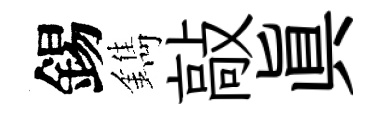
錫鐫敲眞